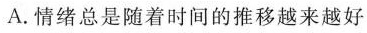
A.情绪总是随着时间的推移越来越好